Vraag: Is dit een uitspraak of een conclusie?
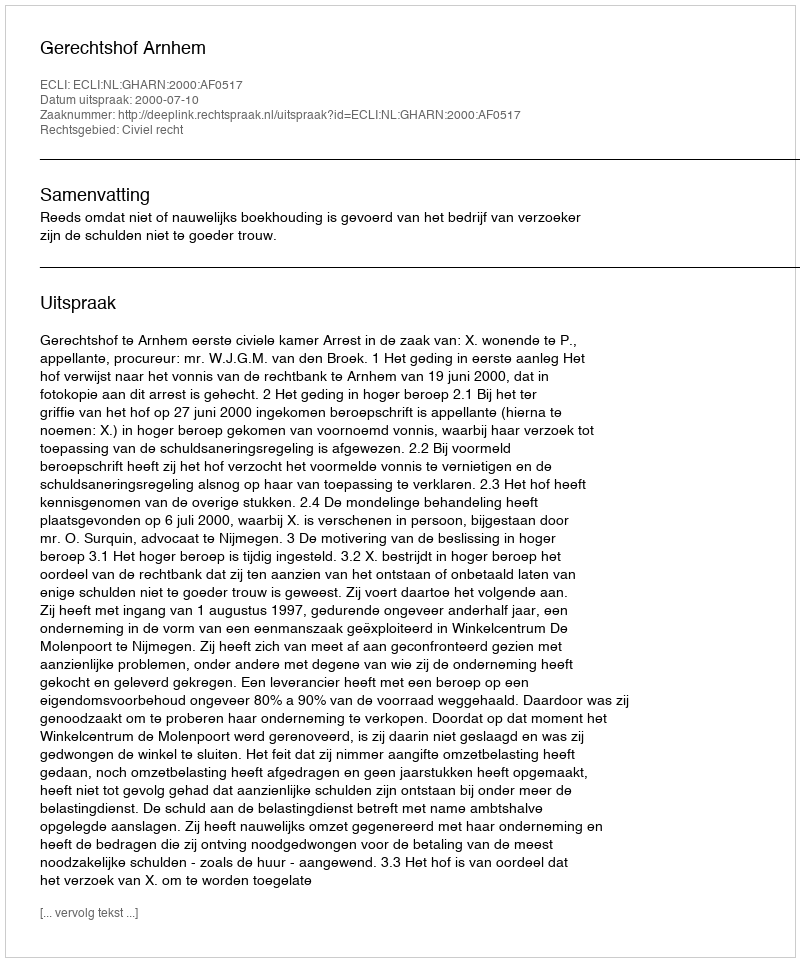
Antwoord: Uitspraak